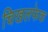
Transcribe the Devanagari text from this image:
चिखलफेक